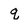
Character: q